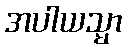
အပါယသ္မာ